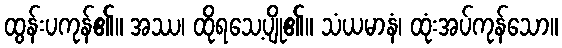
ထွန်းပကုန်၏။ အဿ၊ ထိုရသေ့ပျို၏။ သံယမာနံ၊ ထုံးအပ်ကုန်သော။